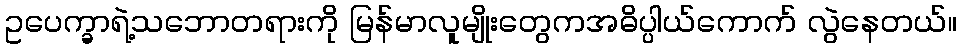
ဥပေက္ခာရဲ့သဘောတရားကို မြန်မာလူမျိုးတွေကအဓိပ္ပါယ်ကောက် လွဲနေတယ်။